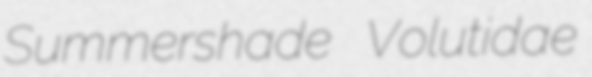
Summershade Volutidae